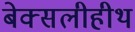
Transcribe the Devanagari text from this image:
बेक्सलीहीथ